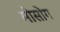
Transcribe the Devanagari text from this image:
मोसोंग